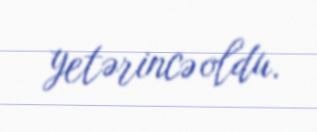
yetərincə oldu.